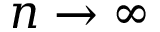
n \rightarrow \infty